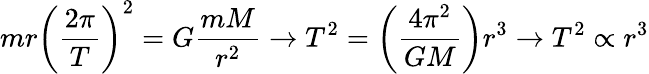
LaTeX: mr\left({\frac{2\pi}{T}}\right)^{2}=G{\frac{mM}{r^{2}}}\rightarrow T^{2}=\left({\frac{4\pi^{2}}{GM}}\right)r^{3}\rightarrow T^{2}\propto r^{3}